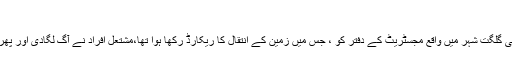
مجھے تیری مسجد کی ضرورت ہے، نہ تےرے حمام کی حاجت
حسن اتفاق سے جان علی کے اس گانے کے منظرعام پر آنے کے بعد ہی گلگت شہر میں واقع مجسٹریٹ کے دفتر کو ، جس میں زمین کے انتقال کا ریکارڈ رکھا ہوا تھا،مشتعل افراد نے آگ لگادی اور پھر شہر کی دو بڑی مساجد کو اشتعال پھیلانے کے الزام میں بند کردیا گیا۔